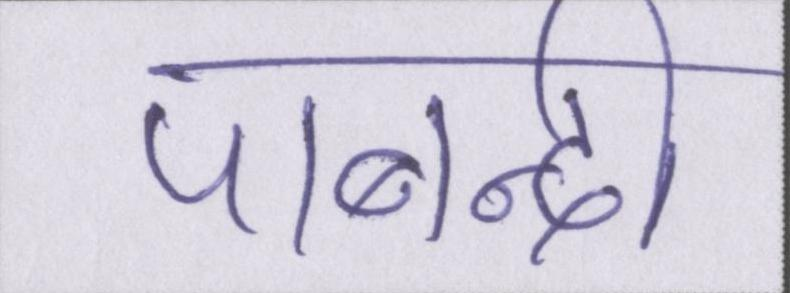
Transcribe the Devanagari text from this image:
पाबन्दी